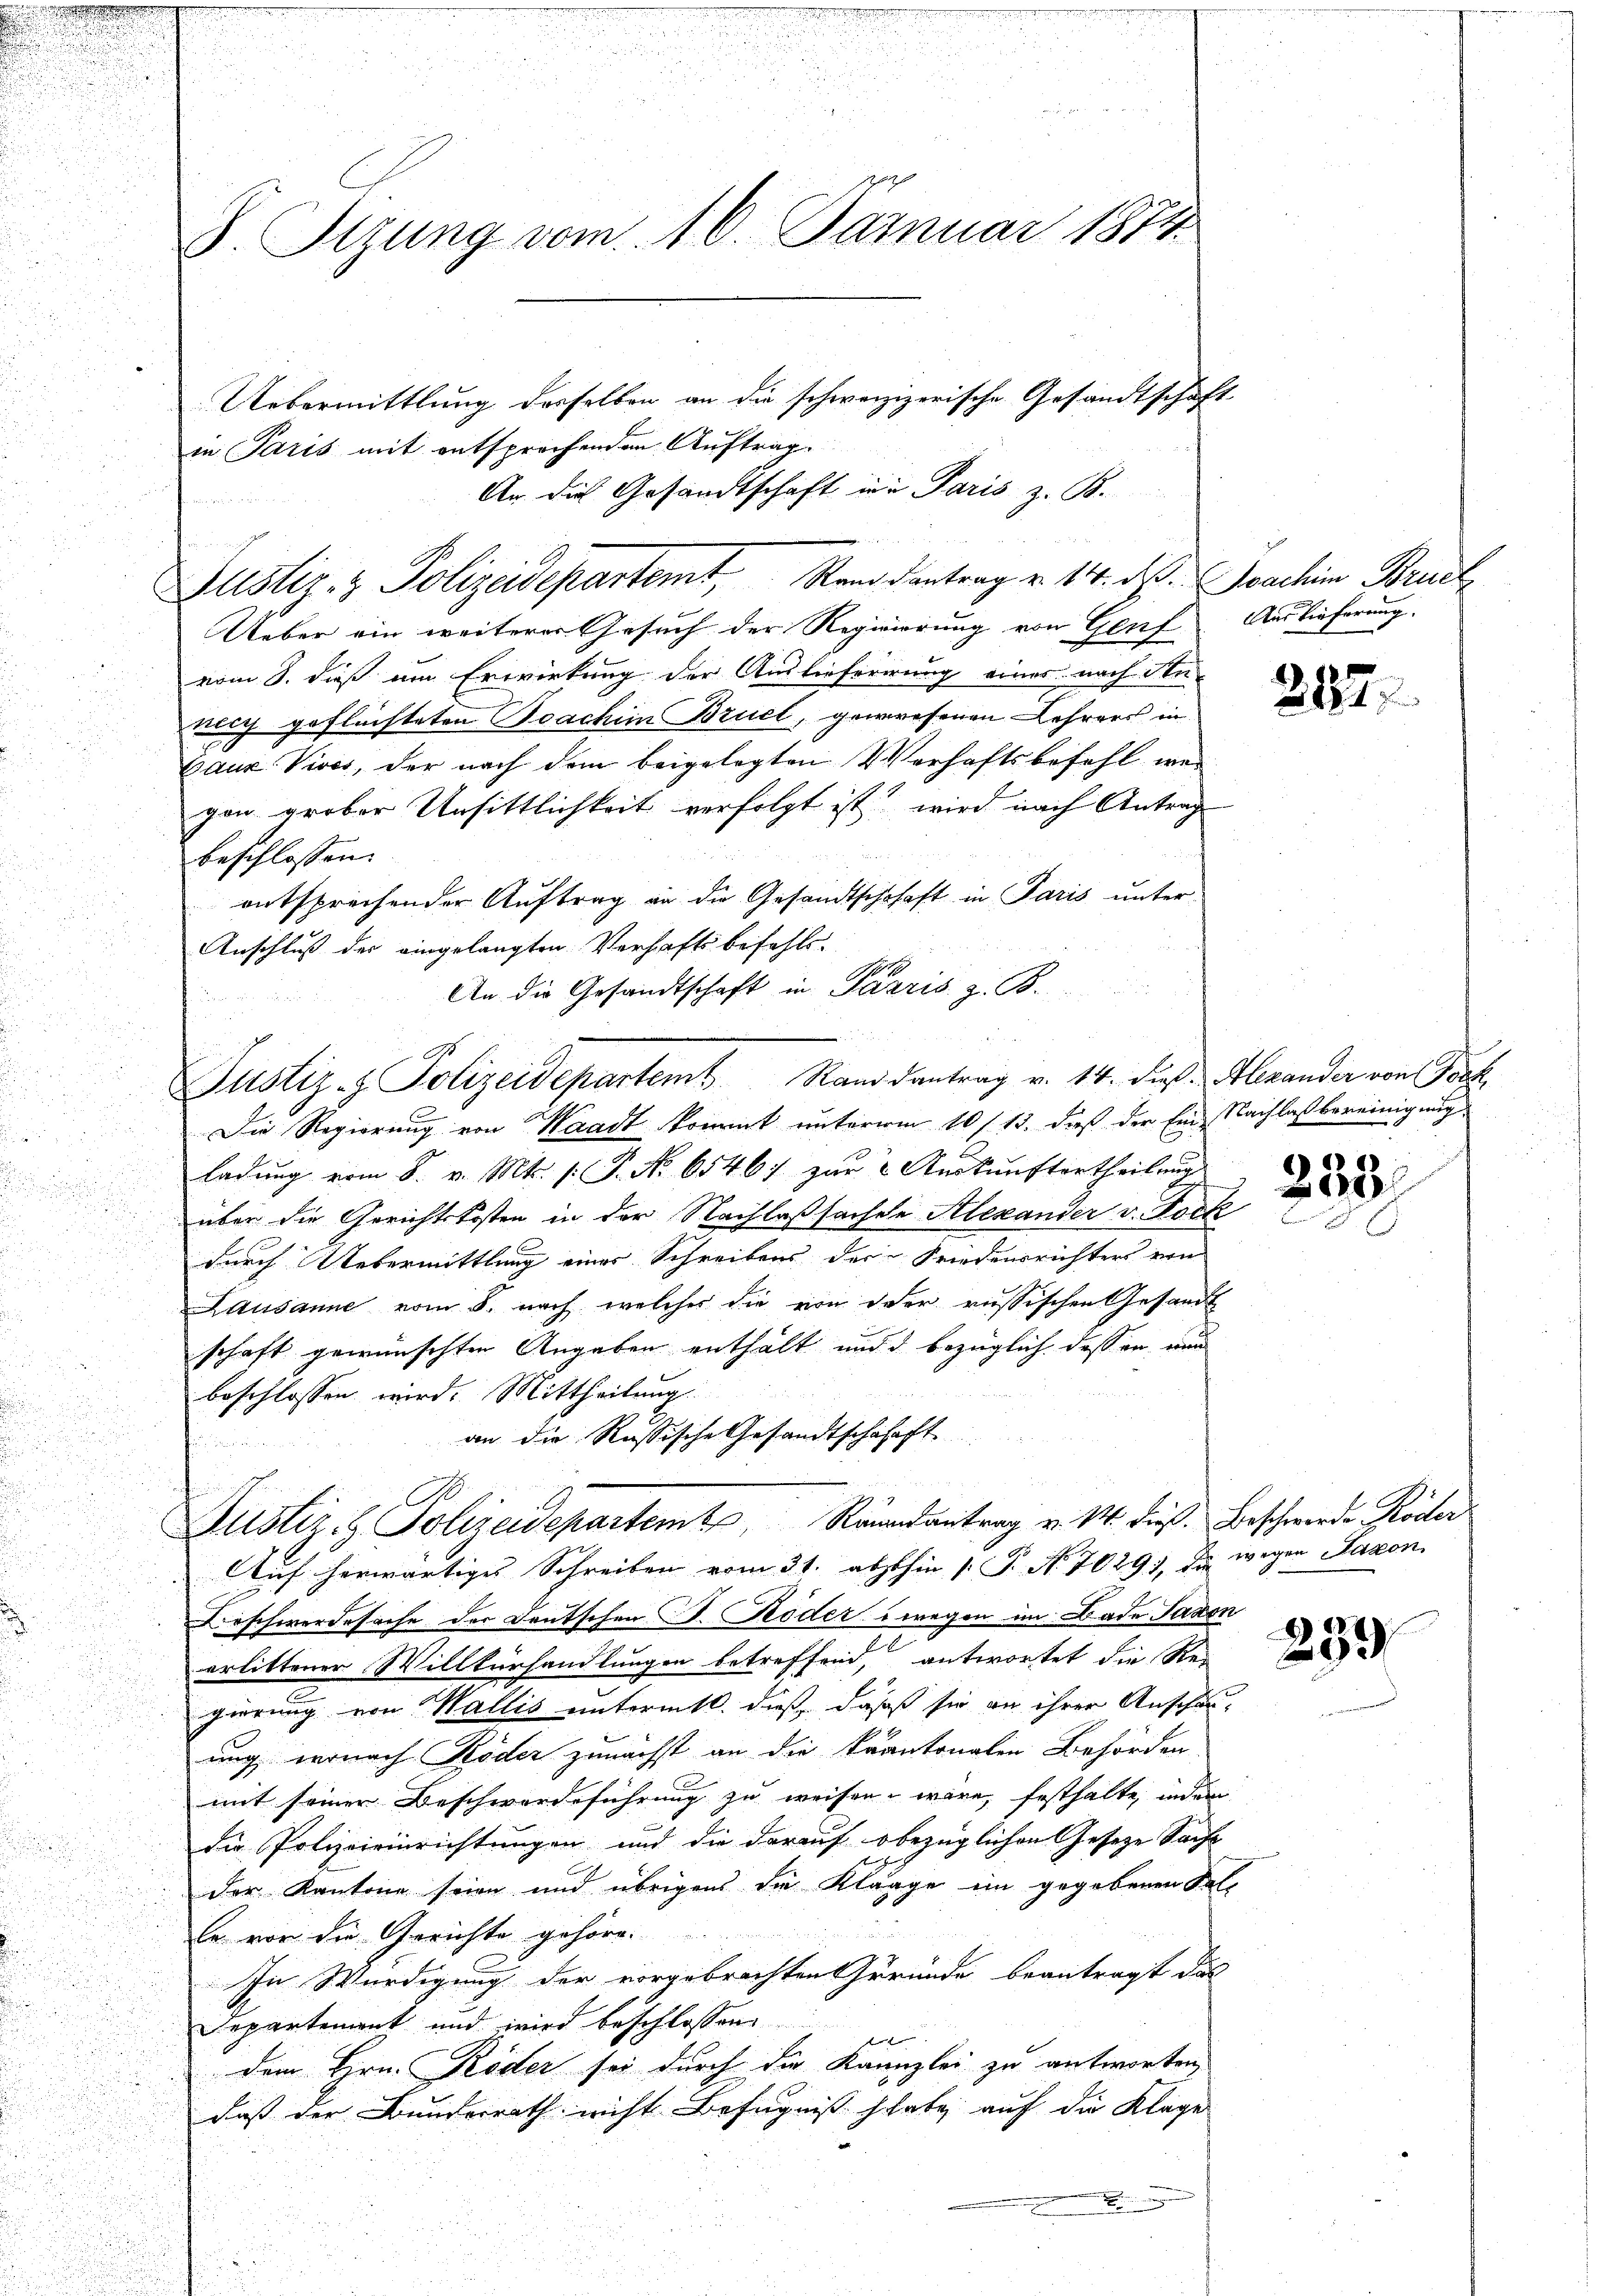
S. Tizung vom 16. Januar 1874
Uebermittlung desselben an die schweizizerische Gesandtschaft
in Paris mit entsprochenden Auftrag

An die Gesandtschaft in Paris z. B.
  1
Justiz- & Polizeidepartemt, Rand Dantrag v. 14. d. Joachim Bruck
Ueber ein weiterer Gesuch der Regierung von Genf Auslieferung.
vom 8. dieß am Erwirkung der Auslieferirung eines nach Stu-
neich geflüchteten Koachim Bruel, gewesenen Lehrers in
Gauz Vives, der nach dem beigelegten Verhaftsbefehl war
gen grober Unsittlichkeit verfolgt ist wird nach Antrag
beschlossen:
entsprechender Auftrag an die Gesandtschchaft in Paris unter
Anschluß der eingelangten Verhaft befehls.
An die Gesandtschaft in Pazzis z. B.
Die Regierung von Waadt kommt unterm 10/13. dieß der Ein Nachlaßbereinigung
ladung vom 8. v. Mts. s. S. Nr. 65467 zur Auskunftertheilung
über die Gerichtskosten in der Nachlaßsachte Alexander v. Bock
durch Uebermittlung einer Schreibens der Friedensrichters von
Lausanne vom 8. nach welches die von der russischen Gesandt
schaft gewünschten Angaben enthält und d bezüglich dessen wird
beschlossen wird. Mittheilung
an die Russische Gesandtschafft.
Justiz- & Polizeidepartemt, Randantrag v. M. dieß. Beschwerde Röder
Auf herwärtiges Schreiben vom 31. absthin 1 S. Nr. 70291, da wegen Saxon,
Beschwerdesache der Deutschen D. Röder wegen im Bade Saxon
erlittener Willkürhandlungen betreffend, antwortet die Re-
gierung von Wallis untermitt. dieß, daß sie an ihrer Anschau-
ung, wonach Köder zunächst an die kantonalen Behörden
mit seiner Beschwerdeführung zu weisen wäre, festhalte, indem
die Polizeieinrichtungen und die darauf obezüglichen Geseze Sache
der Kantone seien und übrigens die Klaage ein gegebenen Fall
le von die Gerichte gehöre.
In Würdigung der vorgebrachten Gründe beantragt das
Departement und wird beschlossen
le
dem Hrn. Köder sei durch die Kanzlei zu antworten,
daß der Bundesrath nicht Befugnis habe auf die Klage
.

it
Justiz- & Polizeidepartemt Randsantrag v. 14. dieß. Alexander von Toch

233

)
4
293